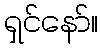
ရှင်နော်။